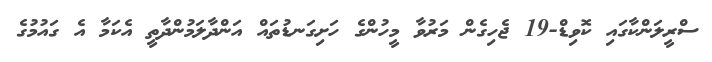
ސްރީލަންކާގައި ކޮވިޑް-19 ޖެހިގެން މަރުވާ މީހުންގެ ހަށިގަނޑުތައް އަންދާލަމުންދާތީ އެކަމާ އެ ގައުމުގެ